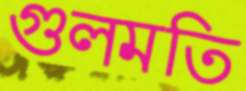
গুলমতি